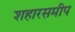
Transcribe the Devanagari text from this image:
शहारसमीप